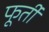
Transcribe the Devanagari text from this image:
फूर्ती